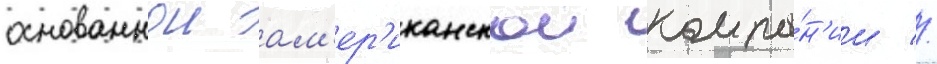
основаннои ам'ер'иканскои компа́н'ии //